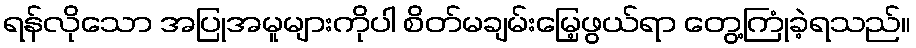
ရန်လိုသော အပြုအမူများကိုပါ စိတ်မချမ်းမြေ့ဖွယ်ရာ တွေ့ကြုံခဲ့ရသည်။